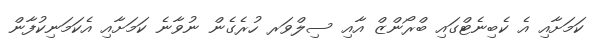
ކަމަށާއި އެ ކެބިނެޓްގައި ބްރޯންޒް އާއި ސިލްވަރ ހުރެގެން ނުވާނެ ކަމަށާއި އެކަމަނިކުފާން